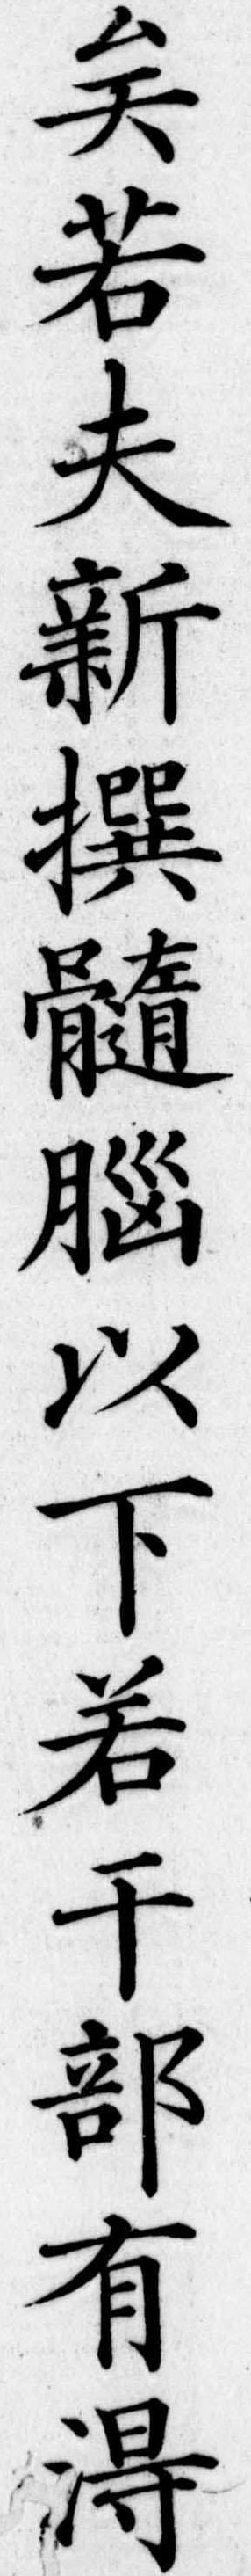
矣若夫新撰髄脳以下若干部有得